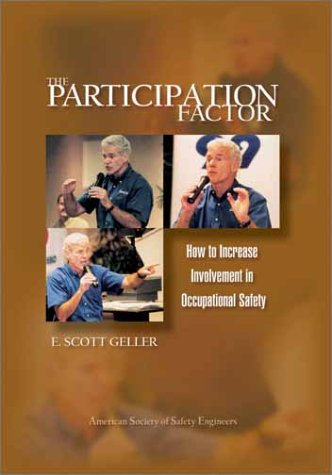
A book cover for The Participation Factor: How to Increase Involvement in Occupational Safety; E. Scott Geller; Health, Fitness & Dieting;